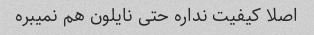
اصلا کیفیت نداره حتی نایلون هم نمیبره